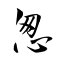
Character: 怱